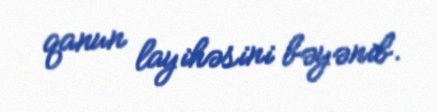
qanun layihəsini bəyənib.